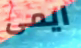
ايمى